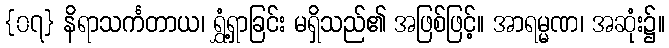
{၀၇} နိရာသင်္ကတာယ၊ ရွှံ့ရှာခြင်း မရှိသည်၏ အဖြစ်ဖြင့်။ အာရမ္မဏ၊ အဆုံး၌။